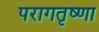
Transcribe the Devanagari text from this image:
परागतृष्णा